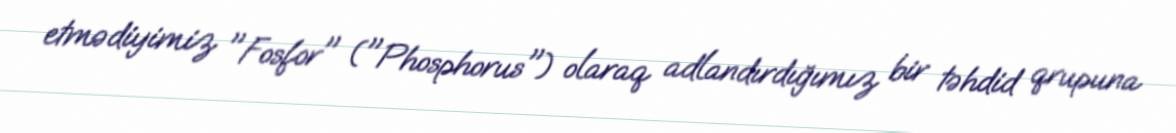
etmədiyimiz "Fosfor" ("Phosphorus") olaraq adlandırdığımız bir təhdid qrupuna